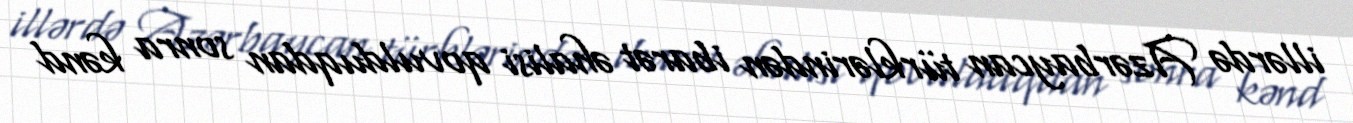
illərdə Azərbaycan türklərindən ibarət əhalisi qovulduqdan sonra kənd